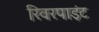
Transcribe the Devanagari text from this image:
रिवरपाइंट